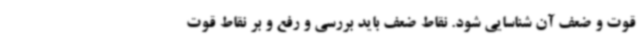
قوت و ضعف آن شناسایی شود. نقاط ضعف باید بررسی و رفع و بر نقاط قوت